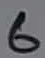
Text: 6